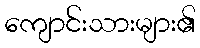
ကျောင်းသားများ၏